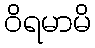
ဝိရမာမိ